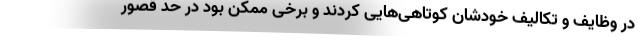
در وظایف و تکالیف خودشان کوتاهی‌هایی کردند و برخی ممکن بود در حد قصور